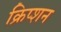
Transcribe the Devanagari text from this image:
क्रिप्शन